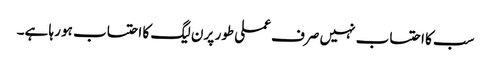
سب کا احتساب نہیں صرف عملی طور پر ن لیگ کا احتساب ہو رہا ہے۔